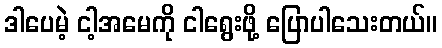
ဒါပေမဲ့ ငါ့အမေကို ငါရွေးဖို့ ပြောပါသေးတယ်။